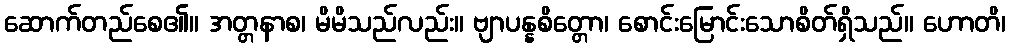
ဆောက်တည်စေ၏။ အတ္တနာစ၊ မိမိသည်လည်း။ ဗျာပန္နစိတ္တော၊ စောင်းမြောင်းသောစိတ်ရှိသည်။ ဟောတိ၊